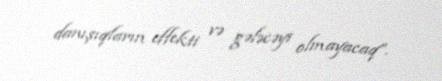
danışıqların effekti və gələcəyi olmayacaq”.